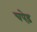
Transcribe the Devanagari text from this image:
चपेड़